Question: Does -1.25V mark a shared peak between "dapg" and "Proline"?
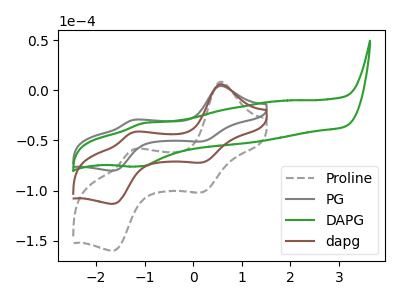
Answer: <think>The gray dashed curve "Proline" has anodic peaks at (0.55V, 11.60uA) (-1.25V, -84.10uA) and cathodic peaks at (0.20V, -144.05uA) (-1.65V, -226.45uA). The gray curve "PG" has anodic peaks at (0.55V, 4.10uA) (-1.25V, -29.80uA) and cathodic peaks at (0.20V, -51.00uA) (-1.65V, -80.20uA). The green curve "DAPG" has an anodic peak at (-1.05V, -32.85uA) and a cathodic peak at (-1.05V, -75.80uA). The brown curve "dapg" has anodic peaks at (0.55V, 5.80uA) (-1.25V, -42.05uA) and cathodic peaks at (0.20V, -72.00uA) (-1.65V, -113.20uA).</think>
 <answer>Yes, "dapg" and "Proline" share a peak at -1.25V.</answer>
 <eval>match</eval>